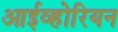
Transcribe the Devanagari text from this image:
आईव्होरियन